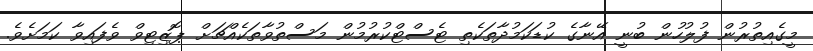
މީގެއިތުރުން ފުލުހުން ބުނީ އޭނާގެ ކުޑަކަމުދާތަކެތި ޓެސްޓްކުރުމުން މަސްތުވާތަކެއްޗަށް ޕޮޒިޓިވް ވެފައިވާ ކަަމަށެވެ.